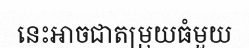
នេះអាចជាតម្រុយធំមួយ